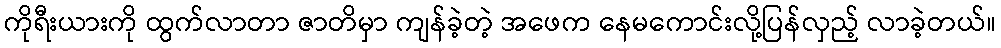
ကိုရီးယားကို ထွက်လာတာ ဇာတိမှာ ကျန်ခဲ့တဲ့ အဖေက နေမကောင်းလို့ပြန်လှည့် လာခဲ့တယ်။